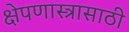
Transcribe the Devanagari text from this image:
क्षेपणास्त्रासाठी